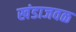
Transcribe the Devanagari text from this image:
खंडाजवळ